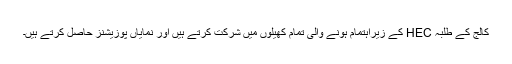
کالج کے طلبہ HEC کے زیراہتمام ہونے والی تمام کھیلوں میں شرکت کرتے ہیں اور نمایاں پوزیشنز حاصل کرتے ہیں۔